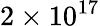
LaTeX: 2\times 10^{17}